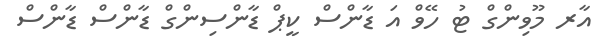
އާރ މޫވިންގް ޓު ހޭވް އަ ޑާންސް ކީޕް ޑާންސިންގް ޑާންސް ޑާންސް